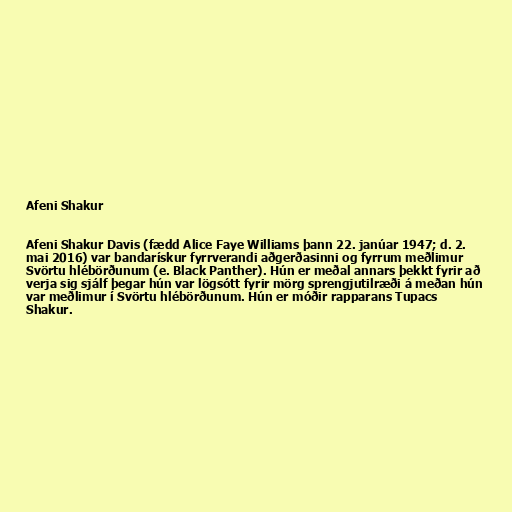
Afeni Shakur

Afeni Shakur Davis (fædd Alice Faye Williams þann 22. janúar 1947; d. 2.
mai 2016) var bandarískur fyrrverandi aðgerðasinni og fyrrum meðlimur
Svörtu hlébörðunum (e. Black Panther). Hún er meðal annars þekkt fyrir að
verja sig sjálf þegar hún var lögsótt fyrir mörg sprengjutilræði á meðan hún
var meðlimur í Svörtu hlébörðunum. Hún er móðir rapparans Tupacs
Shakur.